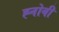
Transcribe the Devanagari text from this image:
ह्नोबी